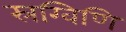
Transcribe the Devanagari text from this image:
स्रग्विणि